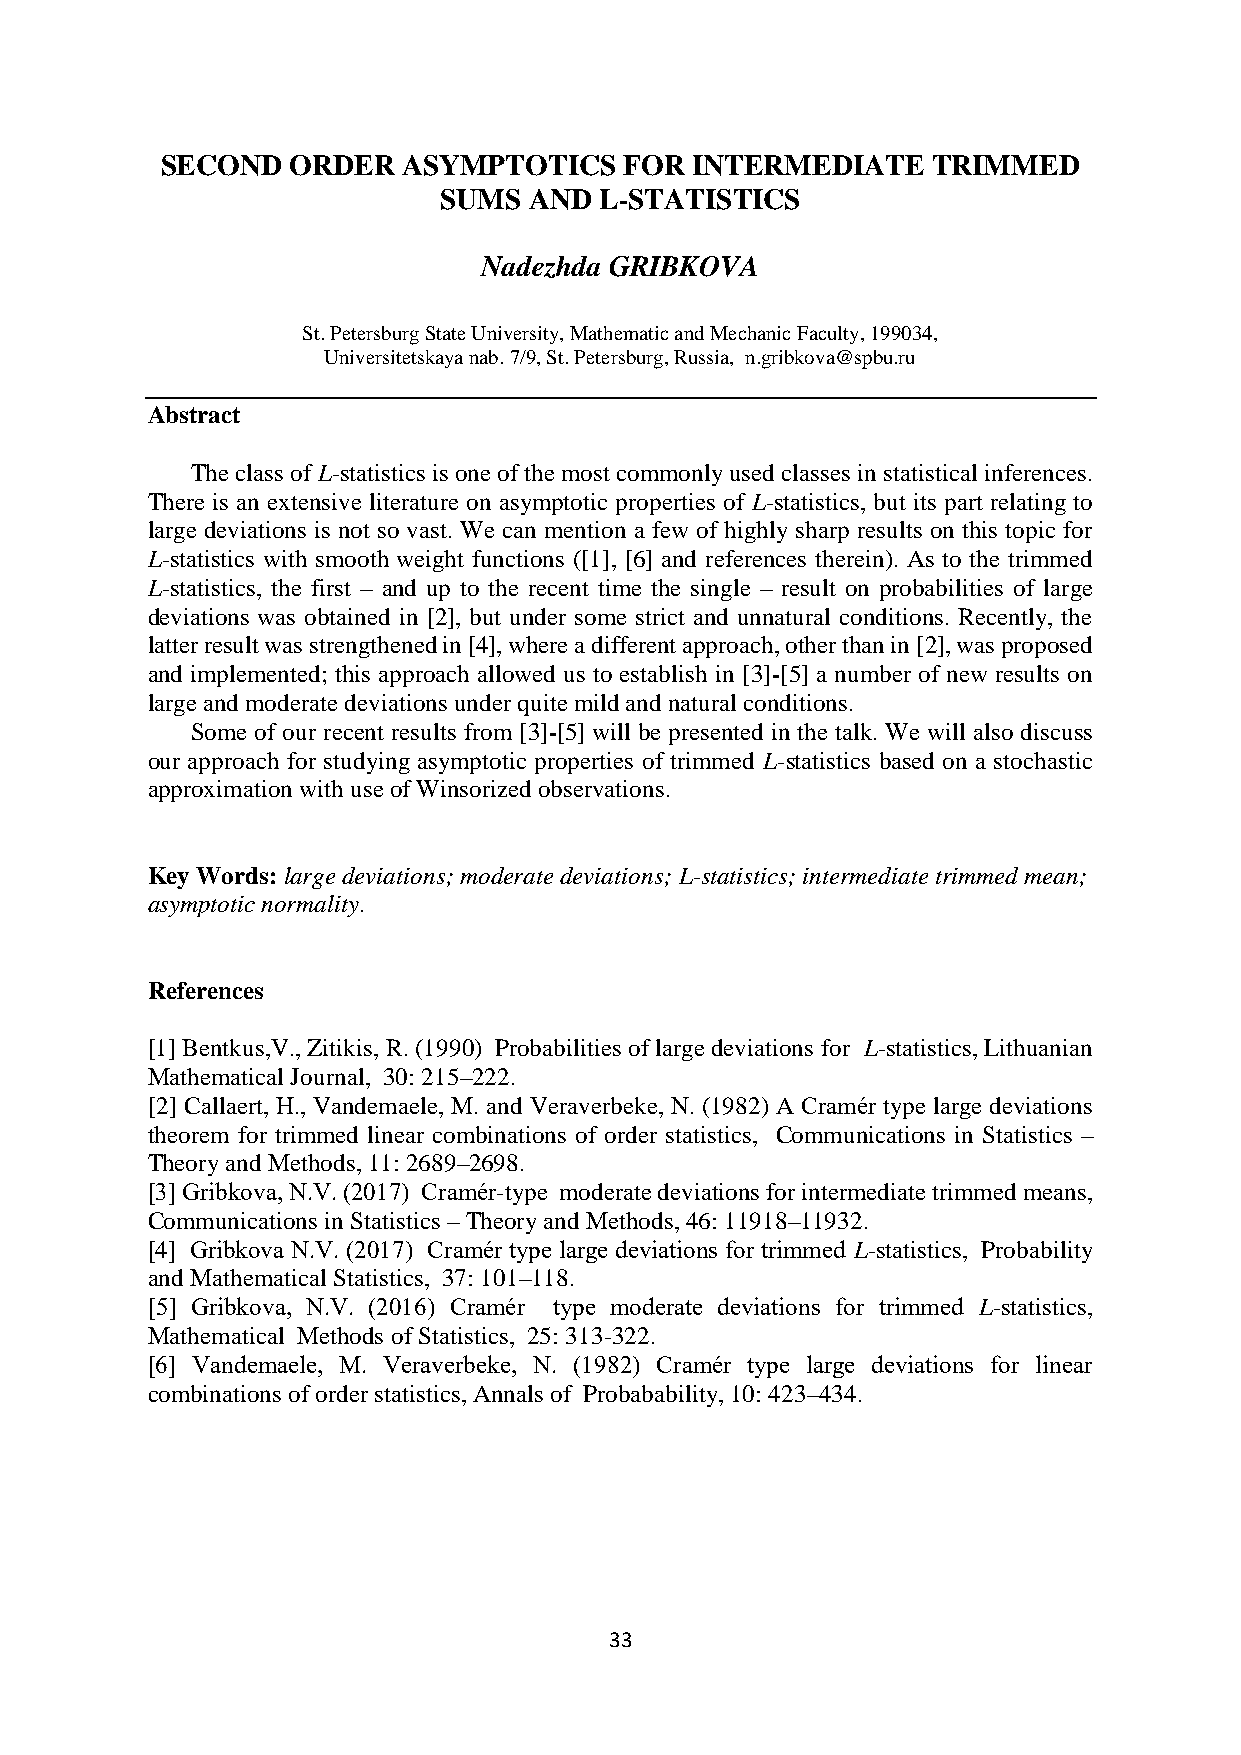
SECOND  ORDER   ASYMPTOTICS   FOR  INTERMEDIATE    TRIMMED
 SUMS  AND  L-STATISTICS
 Nadezhda GRIBKOVA
 St. Petersburg State University, Mathematic and Mechanic Faculty, 199034,
 Universitetskaya nab. 7/9, St. Petersburg, Russia, n.gribkova@spbu.ru
 Abstract
 The class of L-statistics is one of the most commonly used classes in statistical inferences.
 There is an extensive literature on asymptotic properties of L-statistics, but its part relating to
 large deviations is not so vast. We can mention a few of highly sharp results on this topic for
 L-statistics with smooth weight functions ([1], [6] and references therein). As to the trimmed
 L-statistics, the first – and up to the recent time the single – result on probabilities of large
 deviations was obtained in [2], but under some strict and unnatural conditions. Recently, the
 latter result was strengthened in [4], where a different approach, other than in [2], was proposed
 and implemented; this approach allowed us to establish in [3]-[5] a number of new results on
 large and moderate deviations under quite mild and natural conditions.
 Some of our recent results from [3]-[5] will be presented in the talk. We will also discuss
 our approach for studying asymptotic properties of trimmed L-statistics based on a stochastic
 approximation with use of Winsorized observations.
 Key Words: large deviations; moderate deviations; L-statistics; intermediate trimmed mean;
 asymptotic normality.
 References
 [1] Bentkus,V., Zitikis, R. (1990) Probabilities of large deviations for L-statistics, Lithuanian
 Mathematical Journal, 30: 215–222.
 [2] Callaert, H., Vandemaele, M. and Veraverbeke, N. (1982) A Cramér type large deviations
 theorem for trimmed linear combinations of order statistics, Communications in Statistics –
 Theory and Methods, 11: 2689–2698.
 [3] Gribkova, N.V. (2017) Cramér-type moderate deviations for intermediate trimmed means,
 Communications in Statistics – Theory and Methods, 46: 11918–11932.
 [4] Gribkova N.V. (2017) Cramér type large deviations for trimmed L-statistics, Probability
 and Mathematical Statistics, 37: 101–118.
 [5] Gribkova, N.V. (2016) Cramér type moderate deviations for trimmed L-statistics,
 Mathematical Methods of Statistics, 25: 313-322.
 [6] Vandemaele, M. Veraverbeke, N. (1982) Cramér type large deviations for linear
 combinations of order statistics, Annals of Probabability, 10: 423–434.
 33